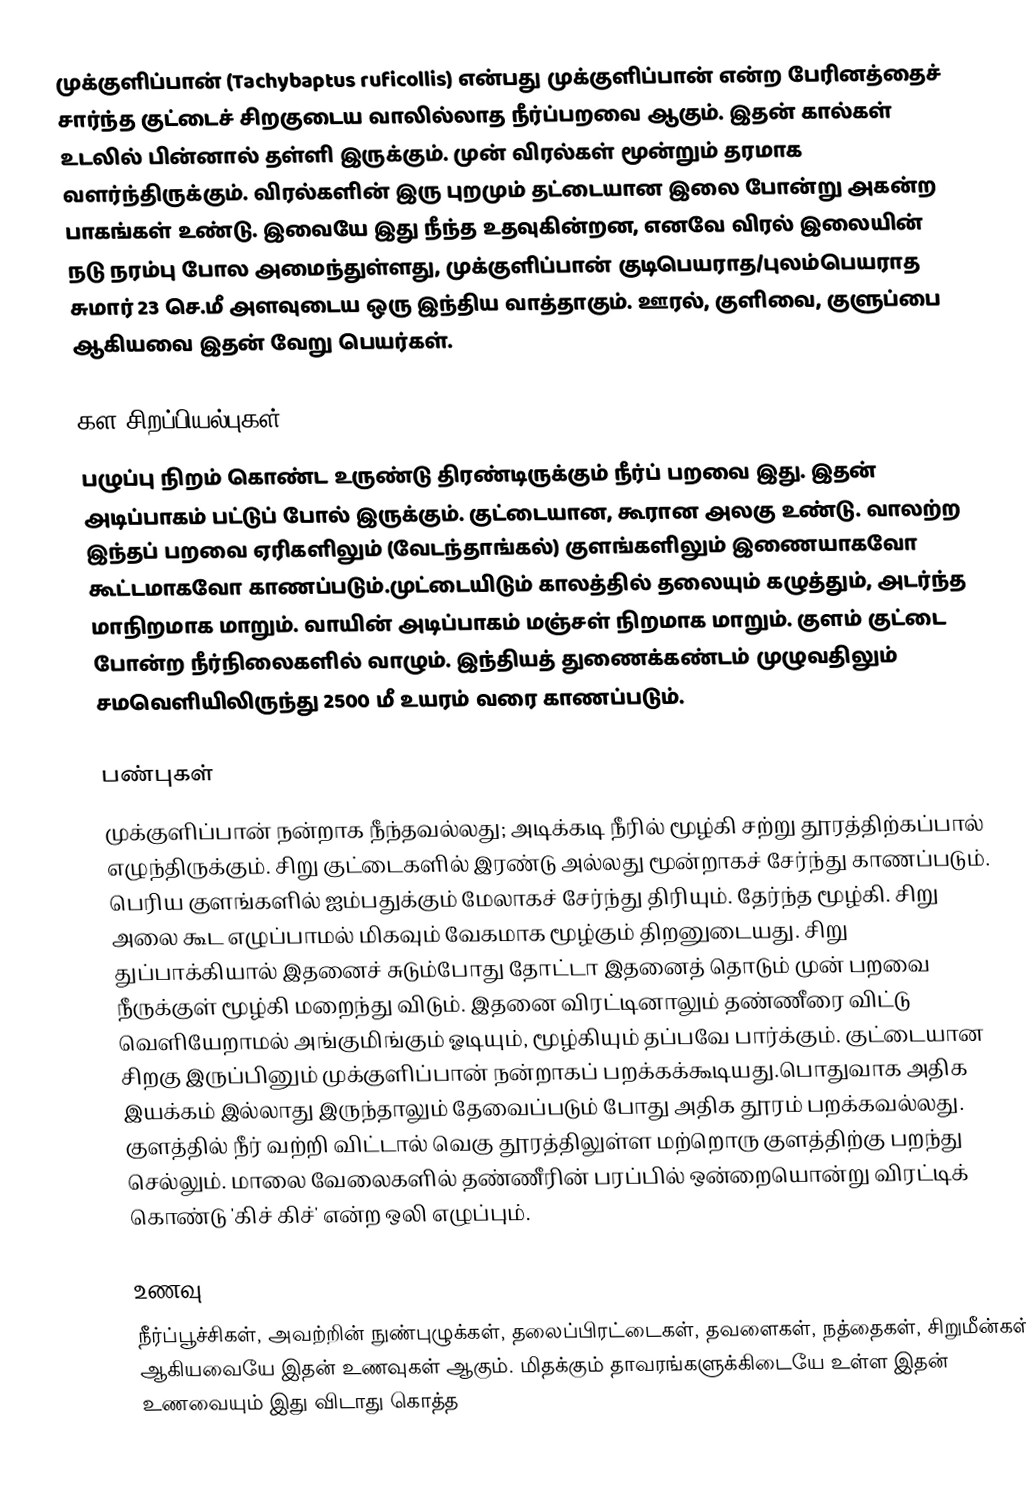
முக்குளிப்பான் (Tachybaptus ruficollis) என்பது முக்குளிப்பான் என்ற பேரினத்தைச் சார்ந்த  குட்டைச் சிறகுடைய வாலில்லாத நீர்ப்பறவை ஆகும். இதன் கால்கள் உடலில் பின்னால் தள்ளி இருக்கும். முன் விரல்கள் மூன்றும் தரமாக வளர்ந்திருக்கும். விரல்களின் இரு புறமும் தட்டையான இலை போன்று அகன்ற பாகங்கள் உண்டு. இவையே இது நீந்த உதவுகின்றன, எனவே விரல் இலையின் நடு நரம்பு போல அமைந்துள்ளது,  முக்குளிப்பான் குடிபெயராத/புலம்பெயராத சுமார் 23 செ.மீ அளவுடைய ஒரு இந்திய வாத்தாகும். ஊரல், குளிவை, குளுப்பை ஆகியவை இதன் வேறு பெயர்கள்.

கள சிறப்பியல்புகள்
பழுப்பு  நிறம் கொண்ட உருண்டு திரண்டிருக்கும் நீர்ப் பறவை இது. இதன் அடிப்பாகம் பட்டுப் போல் இருக்கும். குட்டையான, கூரான அலகு உண்டு. வாலற்ற இந்தப் பறவை ஏரிகளிலும் (வேடந்தாங்கல்) குளங்களிலும் இணையாகவோ கூட்டமாகவோ காணப்படும்.முட்டையிடும் காலத்தில் தலையும் கழுத்தும், அடர்ந்த  மாநிறமாக மாறும். வாயின் அடிப்பாகம் மஞ்சள் நிறமாக மாறும். குளம் குட்டை போன்ற நீர்நிலைகளில் வாழும். இந்தியத் துணைக்கண்டம் முழுவதிலும் சமவெளியிலிருந்து 2500 மீ உயரம் வரை காணப்படும்.

பண்புகள்
முக்குளிப்பான் நன்றாக நீந்தவல்லது; அடிக்கடி நீரில் மூழ்கி சற்று தூரத்திற்கப்பால் எழுந்திருக்கும். சிறு குட்டைகளில்  இரண்டு அல்லது மூன்றாகச் சேர்ந்து காணப்படும். பெரிய குளங்களில் ஐம்பதுக்கும் மேலாகச் சேர்ந்து திரியும். தேர்ந்த மூழ்கி. சிறு அலை கூட எழுப்பாமல் மிகவும் வேகமாக மூழ்கும் திறனுடையது. சிறு துப்பாக்கியால் இதனைச் சுடும்போது தோட்டா  இதனைத் தொடும் முன் பறவை நீருக்குள் மூழ்கி மறைந்து விடும். இதனை விரட்டினாலும் தண்ணீரை விட்டு  வெளியேறாமல் அங்குமிங்கும் ஓடியும், மூழ்கியும் தப்பவே பார்க்கும். குட்டையான சிறகு இருப்பினும் முக்குளிப்பான் நன்றாகப் பறக்கக்கூடியது.பொதுவாக அதிக இயக்கம் இல்லாது இருந்தாலும் தேவைப்படும் போது அதிக தூரம் பறக்கவல்லது. குளத்தில் நீர் வற்றி விட்டால் வெகு தூரத்திலுள்ள மற்றொரு குளத்திற்கு பறந்து செல்லும். மாலை வேலைகளில் தண்ணீரின் பரப்பில் ஒன்றையொன்று விரட்டிக் கொண்டு 'கிச் கிச்' என்ற ஒலி எழுப்பும்.

உணவு
நீர்ப்பூச்சிகள், அவற்றின் நுண்புழுக்கள், தலைப்பிரட்டைகள், தவளைகள், நத்தைகள், சிறுமீன்கள் ஆகியவையே இதன் உணவுகள் ஆகும். மிதக்கும் தாவரங்களுக்கிடையே உள்ள இதன் உணவையும் இது விடாது கொத்த